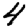
Digit: 4